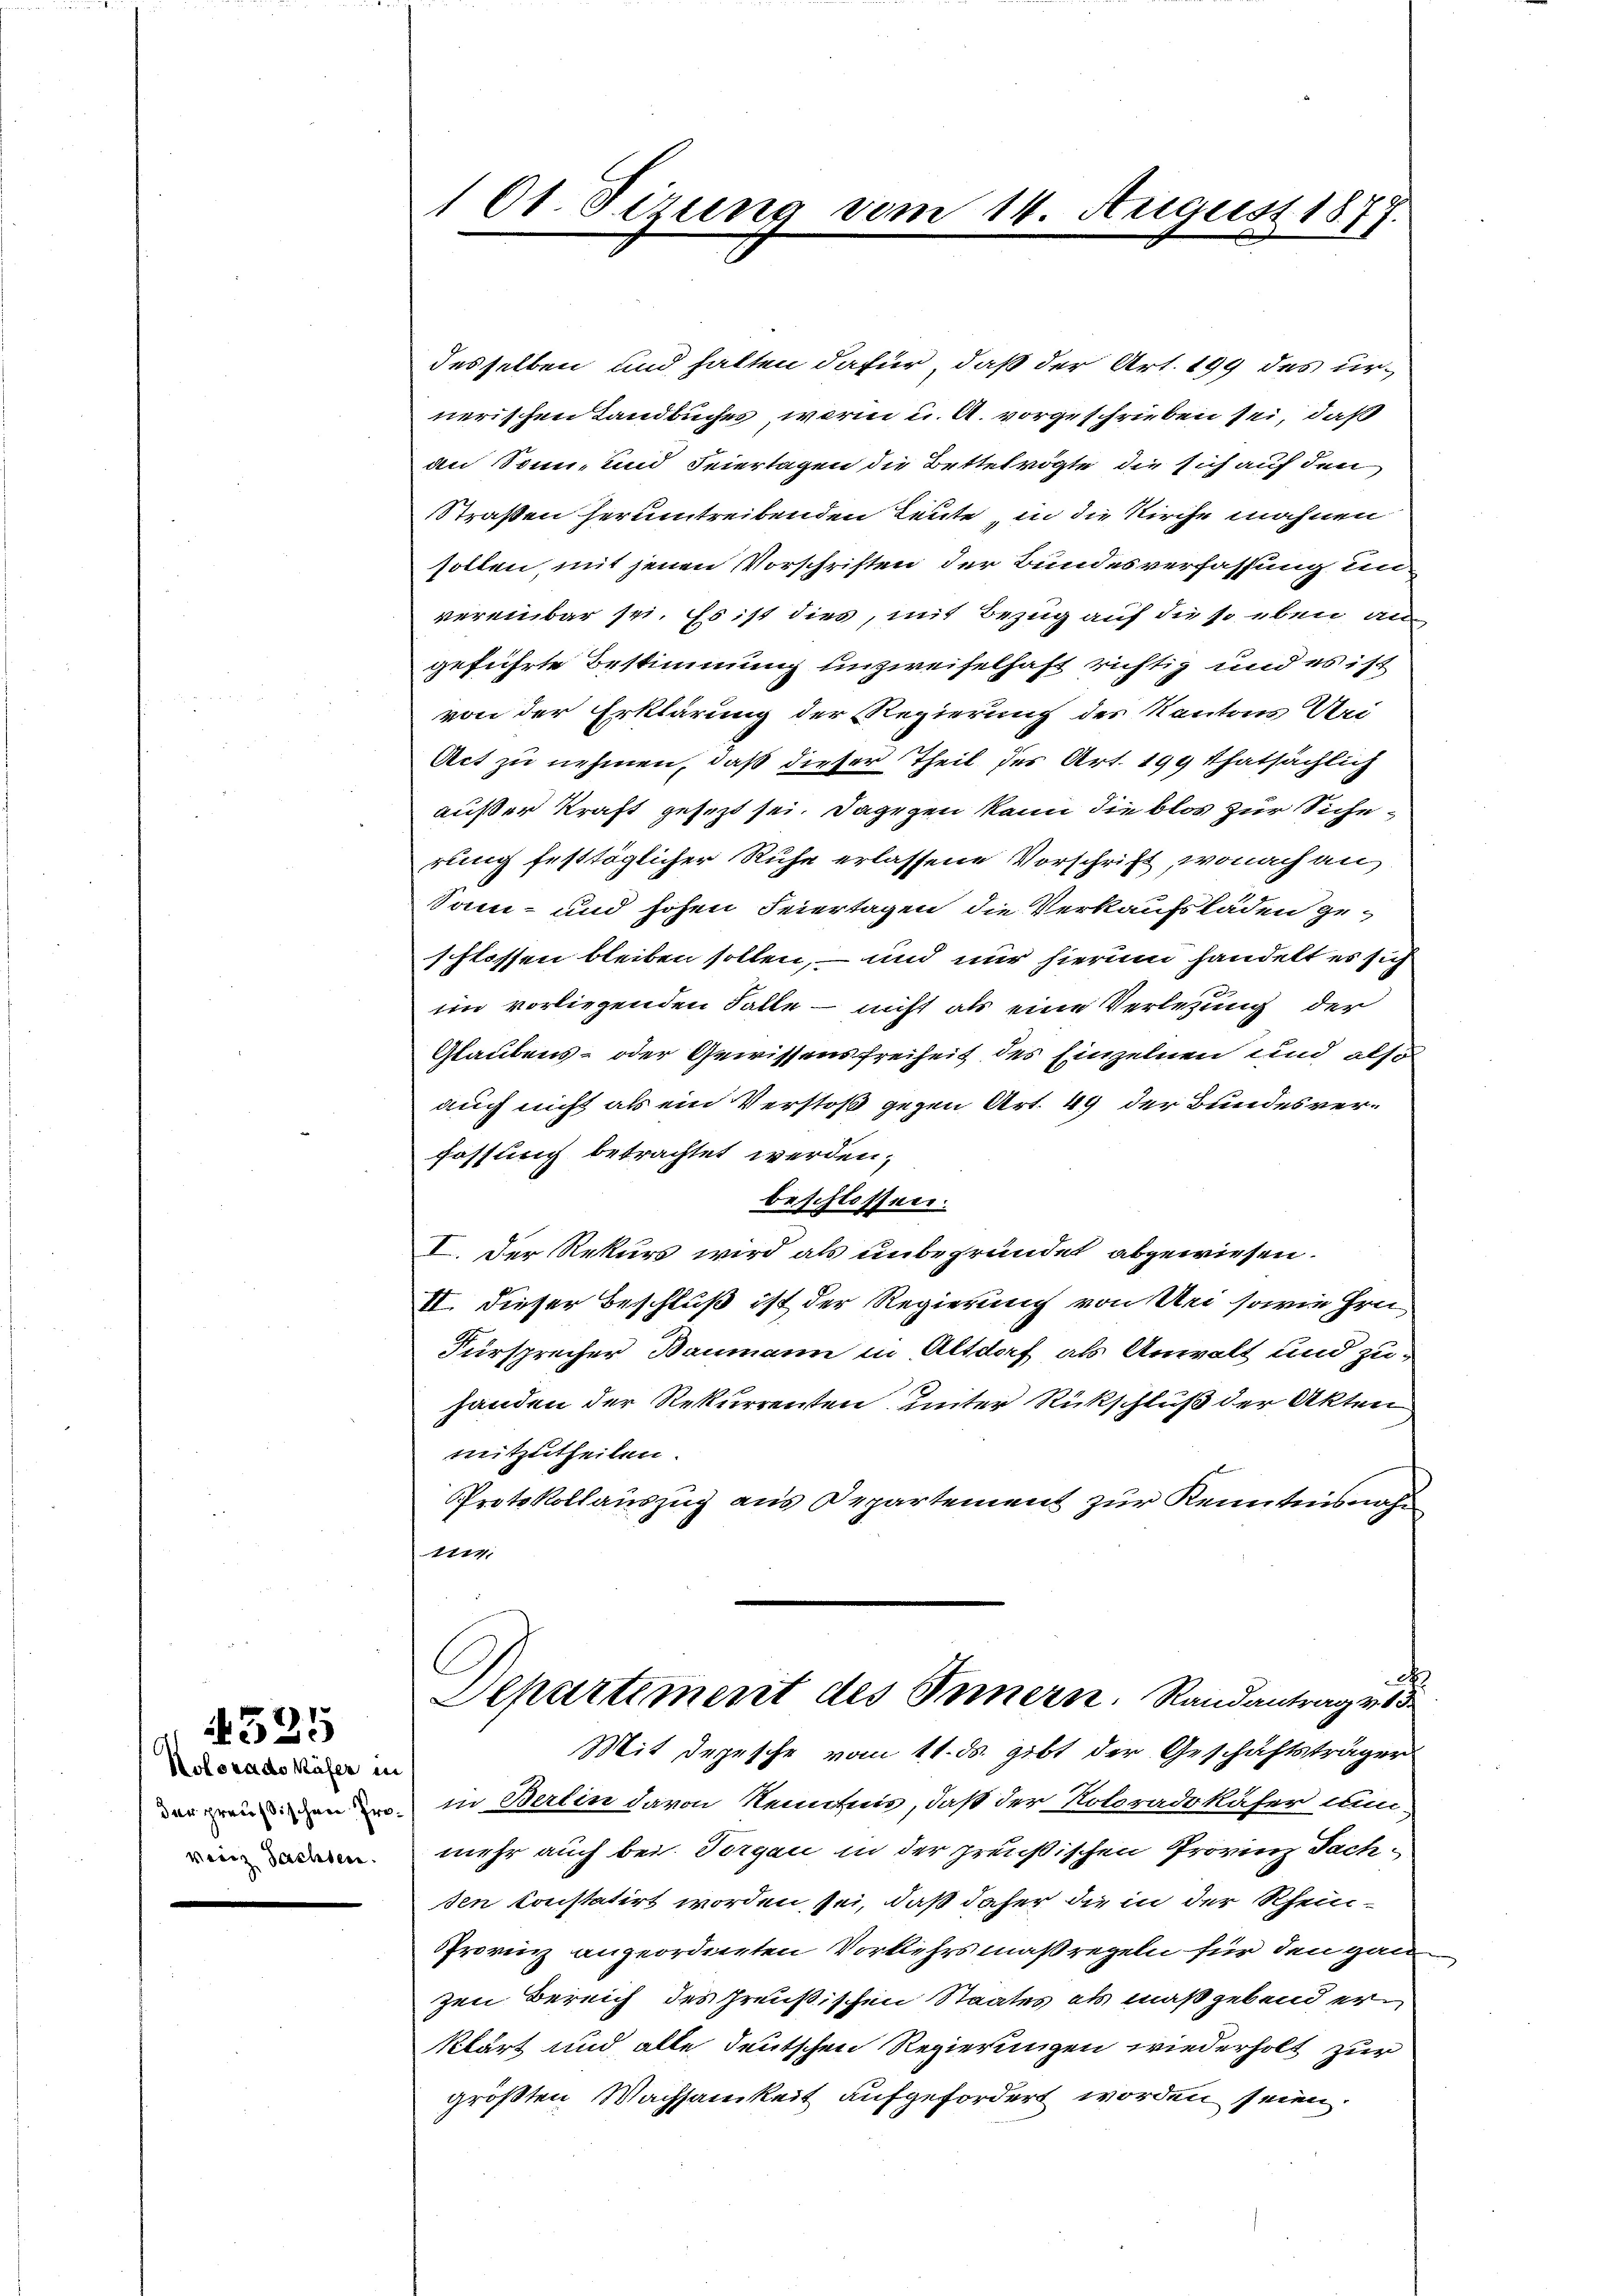
Kolorado Käfer in
weiz Sachsen.

4525

101 Sirung vom 14. August 1877.

desselben und hatten dafür, daß der Art. 199 des urnerischen Landbuches, worin u. A. vorgeschrieben sei, daß
an Sonn- und Feiertagen die Bettelvögte, die sich auf den
Straßen herumtreibenden Leute „in die Kirche mahnen
sollen, mit jenen Vorschriften der Bundesverfassung in
vereinbar sei. Es ist dies, mit Bezug auf die so eben an
geführte Bestimmung unzweifelhaft richtig und es ist
von der Erklärung der Regierung des Kantons Uri-
Act zu nehmen, daß dieser Theil des Art. 199 thatsächlich
außer Kraft gesezt sei. Dagegen kann die blos zur Sicherung festtäglicher Ruhe erlassene Vorschrift, wonach an
Sam- und hohen Feiertagen die Verkaufsläden geschlossen bleiben sollen, – und nur hierum handelt es sich
im vorliegenden Falle – nicht als eine Verlesung der
Glaubens- oder Gewissensfreiheit des Einzelnen und also
auch nicht als ein Verstoß gegen Art. 49 der Bundesverfassung betrachtet werden,
beschlossen.
I. Der Rekurs wird als unbegründet abgewiesen.
II. dieser Beschluß ist der Regierung von Uri sowie Gra¬
Fürsprecher Baumann in Altdorf als Anwalt und zuhanden der Rekurrenten unter Rückschluß der Akten
mitzutheilen.
Protokollauszug aus Departement zur Kenntnisnah¬
777;
Departiment des Innern. Randantrag v. 1
Mit Depesche vom 11. ds. gibt der Geschäftsträger
der ein den in Berlin davon Kenntnis, daß der Koloradekäfer nun-
mehr auch bei. Purgau in der preußischen Provinz Fachsen konstatirt worden sei, daß daher die in der Rhein¬
Provinz angeordneten Vorkehrsmaßregeln für den gan
zen Bereich des Preußischen Staates als maßgebend erklärt und alle deutschen Regierungen wiederholt zur
größten Wachsamkeit aufgefordert worden seien.